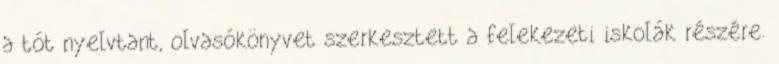
a tót nyelvtant, olvasókönyvet szerkesztett a felekezeti iskolák részére.